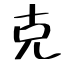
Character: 克